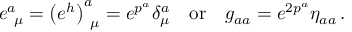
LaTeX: e _ { ~ \mu } ^ { a } = \left( e ^ { h } \right) _ { ~ \mu } ^ { a } = e ^ { p ^ { a } } \delta _ { \mu } ^ { a } ~ ~ ~ \mathrm { o r } ~ ~ ~ g _ { a a } = e ^ { 2 p ^ { a } } \eta _ { a a } \, .